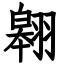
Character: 翱